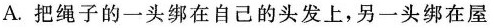
A.把绳子的一头绑在自己的头发上，另一头绑在屋